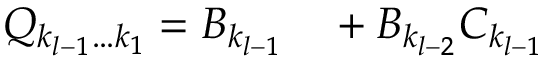
\begin{array} { r l } { Q _ { k _ { l - 1 } \ldots k _ { 1 } } = B _ { k _ { l - 1 } } } & { { } + B _ { k _ { l - 2 } } C _ { k _ { l - 1 } } } \end{array}